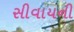
સીવાયની